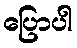
ပြောပါ